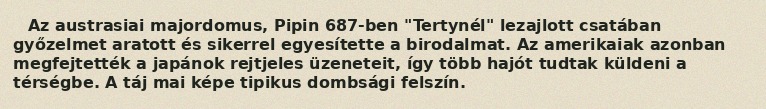
Az austrasiai majordomus, Pipin 687-ben "Tertynél" lezajlott csatában győzelmet aratott és sikerrel egyesítette a birodalmat. Az amerikaiak azonban megfejtették a japánok rejtjeles üzeneteit, így több hajót tudtak küldeni a térségbe. A táj mai képe tipikus dombsági felszín.